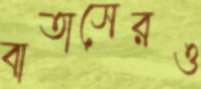
বাতাসেরও